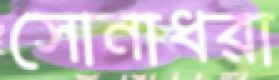
সোনাধরা